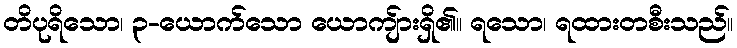
တိပုရိသော၊ ၃-ယောက်သော ယောကျ်ားရှိ၏။ ရသော၊ ရထားတစီးသည်။